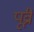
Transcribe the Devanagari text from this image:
पूव्री